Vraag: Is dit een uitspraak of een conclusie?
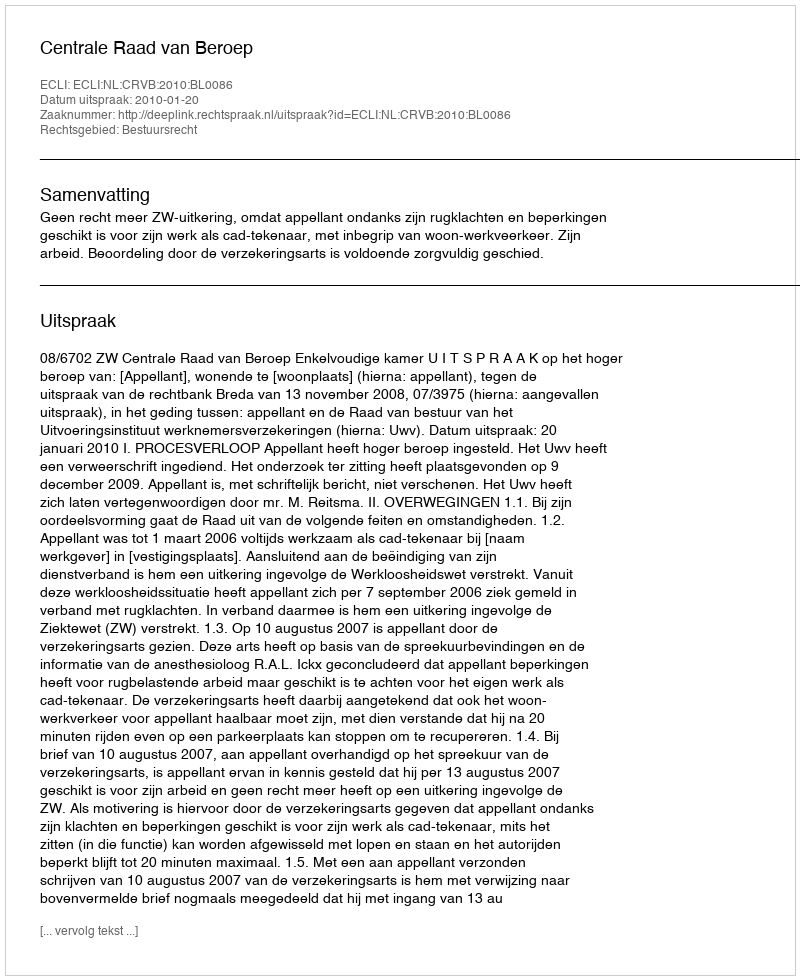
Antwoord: Uitspraak